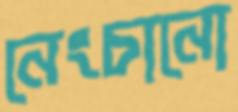
নেংচানো